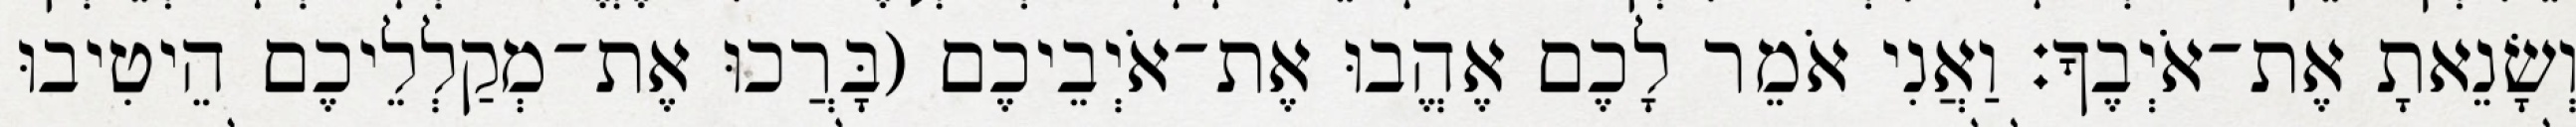
וְשָׂנֵאתָ אֶת־אֹיְבֶךָ׃ וַאֲנִי אֹמֵר לָכֶם אֶהֱבוּ אֶת־אֹיְבֵיכֶם (בָּרֲכוּ אֶת־מְקַלְלֵיכֶם הֵיטִיבוּ